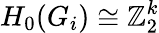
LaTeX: H_{0}(G_{i})\cong\mathbb Z_{2}^{k}